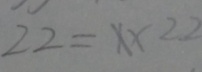
2 2 = x \times 2 2